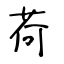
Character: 荷